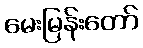
မေးမြန်းတော်